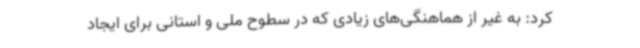
کرد: به غیر از هماهنگی‌های زیادی که در سطوح ملی و استانی برای ایجاد